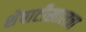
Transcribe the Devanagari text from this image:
शेपाटीखालचा